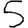
Digit: 5